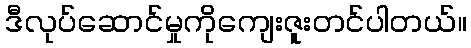
ဒီလုပ်ဆောင်မှုကိုကျေးဇူးတင်ပါတယ်။